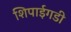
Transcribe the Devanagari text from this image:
शिपाईगडी